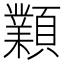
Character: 𩕟